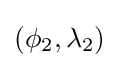
(\phi _{2},\lambda _{2})